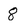
Character: 8